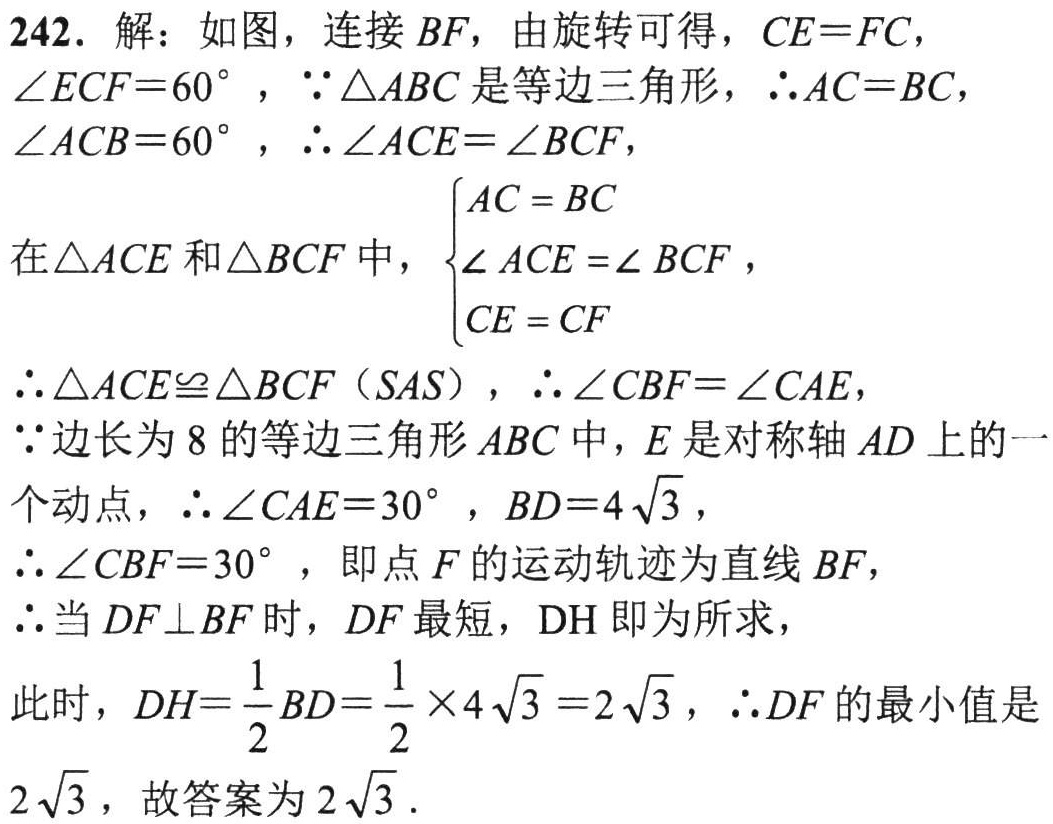
242. 解：如图，连接 \(BF\)，由旋转可得，\(CE = FC\)，\(\angle ECF = 60^{\circ}\)，\(\because\triangle ABC\) 是等边三角形，\(\therefore AC = BC\)，\(\angle ACB = 60^{\circ}\)，\(\therefore\angle ACE=\angle BCF\)，
在\(\triangle ACE\) 和 \(\triangle BCF\) 中，\(\begin{cases}AC = BC\\\angle ACE=\angle BCF\\CE = CF\end{cases}\)，
\(\therefore\triangle ACE\cong\triangle BCF\)（\(SAS\)），\(\therefore\angle CBF=\angle CAE\)，
\(\because\)边长为 \(8\) 的等边三角形 \(ABC\) 中，\(E\) 是对称轴 \(AD\) 上的一个动点，\(\therefore\angle CAE = 30^{\circ}\)，\(BD = 4\sqrt{3}\)，
\(\therefore\angle CBF = 30^{\circ}\)，即点 \(F\) 的运动轨迹为直线 \(BF\)，
\(\therefore\)当 \(DF\perp BF\) 时，\(DF\) 最短，\(DH\) 即为所求，
此时，\(DH=\dfrac{1}{2}BD=\dfrac{1}{2}\times4\sqrt{3}=2\sqrt{3}\)，\(\therefore DF\) 的最小值是 \(2\sqrt{3}\)，故答案为 \(2\sqrt{3}\).